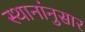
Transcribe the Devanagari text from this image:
स्थानांनुसार